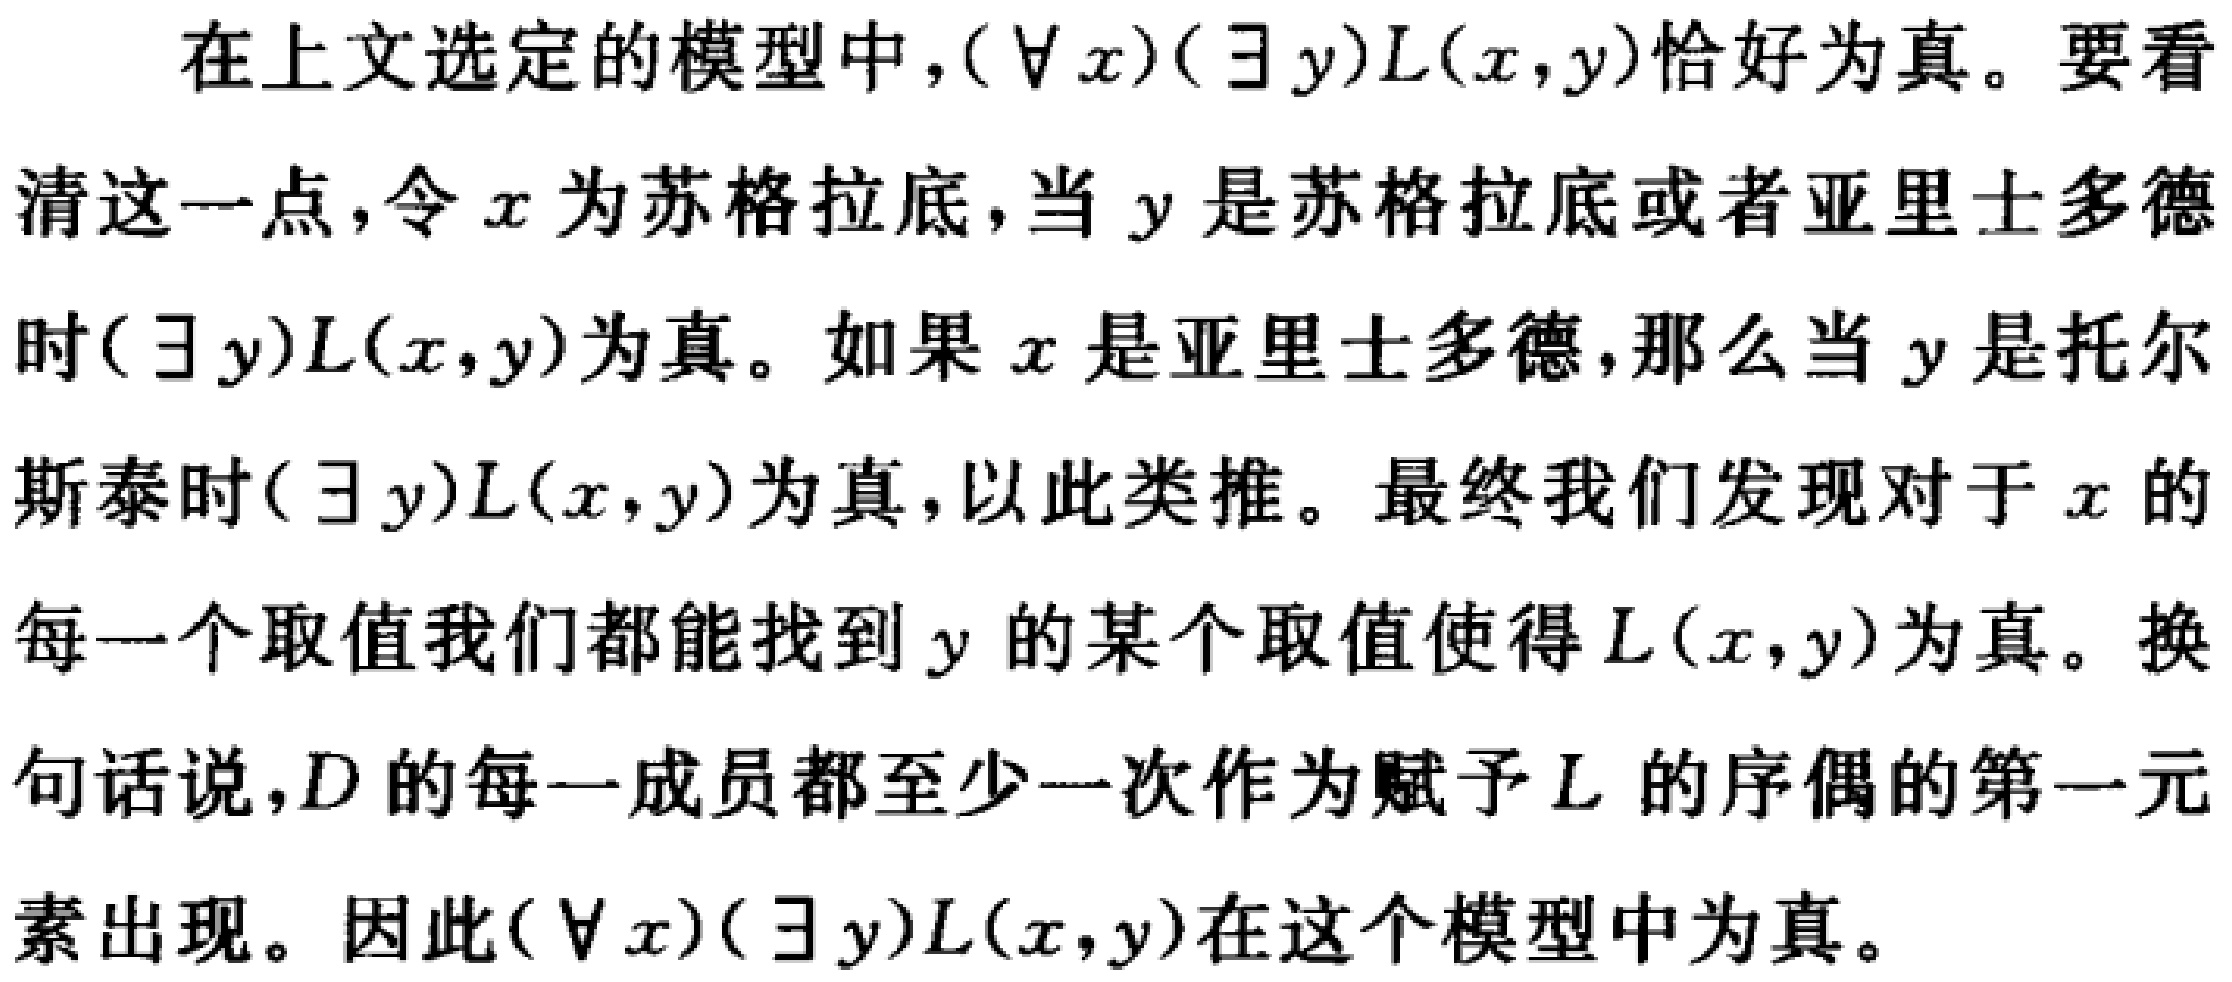
在上文选定的模型中，$(\forall x)(\exists y)L(x,y)$恰好为真。要看清这一点，令$x$为苏格拉底，当$y$是苏格拉底或者亚里士多德时$(\exists y)L(x,y)$为真。如果$x$是亚里士多德，那么当$y$是托尔斯泰时$(\exists y)L(x,y)$为真，以此类推。最终我们发现对于$x$的每一个取值我们都能找到$y$的某个取值使得$L(x,y)$为真。换句话说，$D$的每一成员都至少一次作为赋予$L$的序偶的第一元素出现。因此$(\forall x)(\exists y)L(x,y)$在这个模型中为真。